Scottish Leaving Certificate Examination, 1952
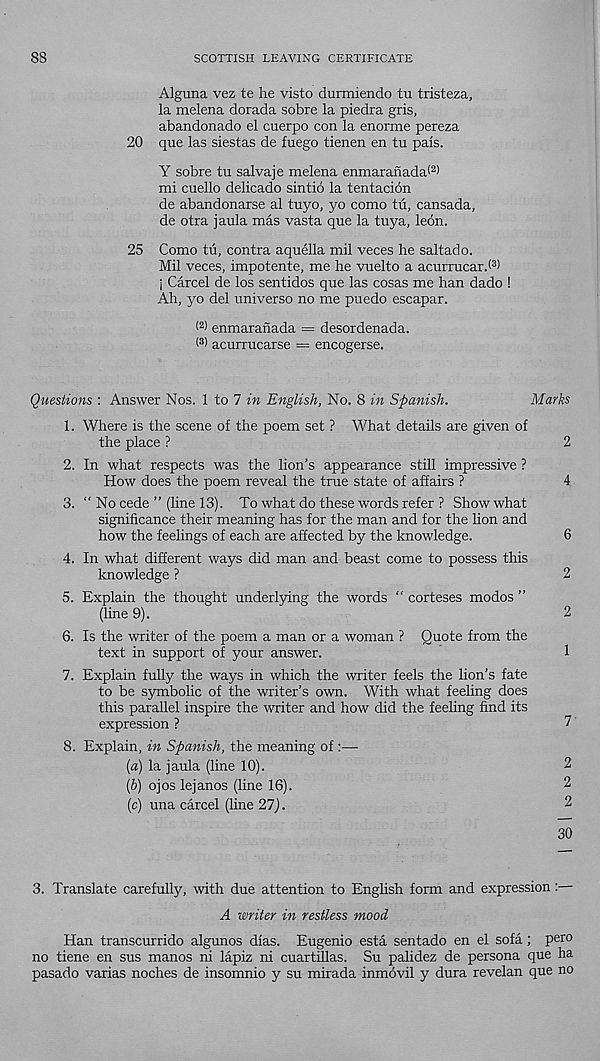
88
SCOTTISH LEAVING CERTIFICATE
Alguna vez te he visto durmiendo tu tristeza,
la melena dorada sobre la piedra gris,
abandonado el cuerpo con la enorme pereza
20 que las siestas de fuego tienen en tu pals.
Y sobre tu salvaje melena enmaranada< 2 )
mi cuello delicado sintio la tentacidn
de abandonarse al tuyo, yo como tu, cansada,
de otra jaula mas vasta que la tuya, leon.
25 Como tu, contra aquella mil veces he saltado.
Mil veces, impotente, me he vuelto a acurrucard 3 )
j Carcel de los sentidos que las cosas me han dado !
Ah, yo del universe no me puedo escapar.
( 2 ) enmaranada = desordenada.
( 3 > acurrucarse = encogerse.
Questions : Answer Nos. 1 to 7 in English, No. 8 in Spanish.
Marks
1. Where is the scene of the poem set ? What details are given of
the place ?
2
2. In what respects was the lion’s appearance still impressive ?
How does the poem reveal the true state of affairs ?
4
3. “ No cede ” (line 13). To what do these words refer ? Show what
significance their meaning has for the man and for the lion and
how the feelings of each are affected by the knowledge.
6
4. In what different ways did man and beast come to possess this
knowledge ?
2
5. Explain the thought underlying the words “ corteses modos ”
(line 9).
2
6. Is the writer of the poem a man or a woman ? Quote from the
text in support of your answer.
1
7. Explain fully the ways in which the writer feels the lion’s fate
to be symbolic of the writer’s own. With what feeling does
this parallel inspire the writer and how did the feeling find its
expression ?
7
8. Explain, in Spanish, the meaning of :—
(a) la jaula (line 10).
2
(b) ojos lejanos (line 16).
2
(c) una carcel (line 27).
2
30
3. Translate carefully, with due attention to English form and expression:—
A writer in restless mood
Han transcurrido algunos dfas. Eugenio esta sentado en el sofa; pero
no tiene en sus manos ni lapiz m cuartillas. Su palidez de persona que ha
pasado varias noches de insomnio y su mirada inmovil y dura revelan que no